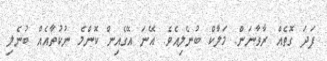
ފަދަ ގޮތެއް ރާވާނަން. މަލާކް ބުނެލިއެވެ. އޭނަ އޭގެއިން ކޮންމެ ނުކުތާއެއް ބުނެލި